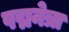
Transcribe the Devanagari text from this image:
पद्मनेत्रा